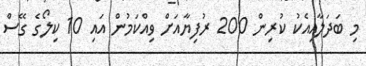
މި ބަދަލާއިއެކު ކުރިން 200 ރުފިޔާއަށް ވިއްކަމުން އައި 10 ކިލޯގެ ގޭސް